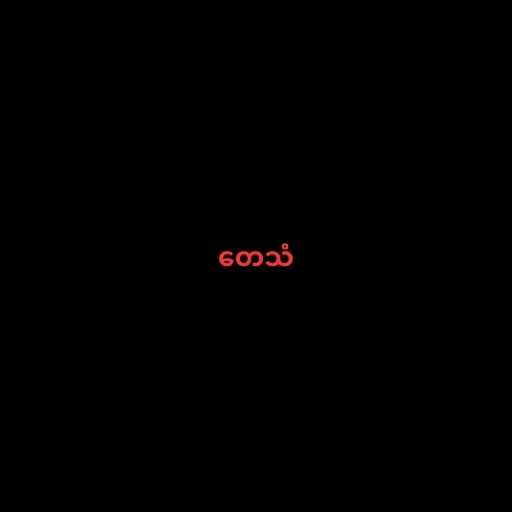
တေသံ